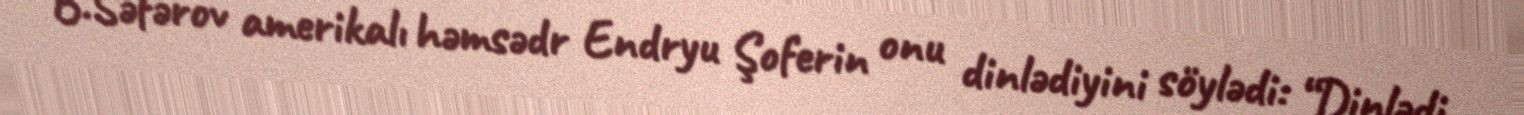
B.Səfərov amerikalı həmsədr Endryu Şoferin onu dinlədiyini söylədi: “Dinlədi,